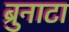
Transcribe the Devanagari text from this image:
ब्रुनाटा